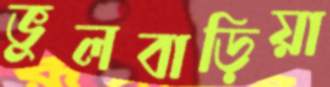
ভুলবাড়িয়া